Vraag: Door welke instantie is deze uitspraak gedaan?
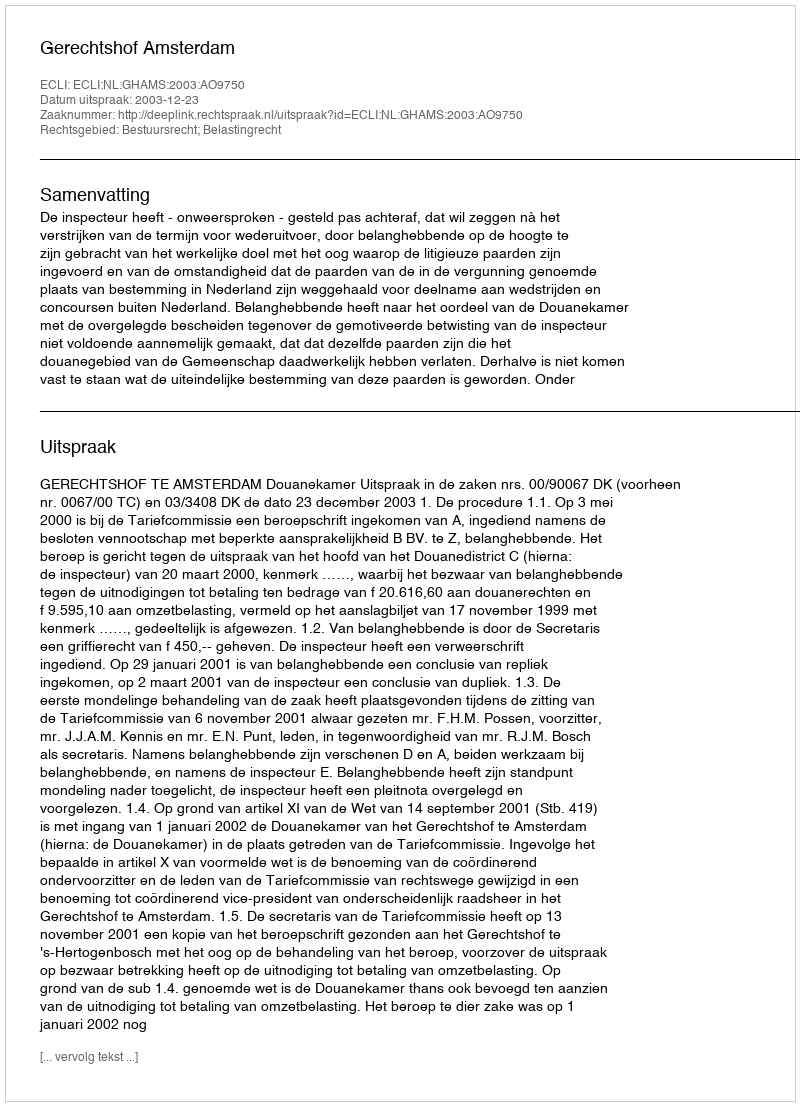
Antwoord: Gerechtshof Amsterdam